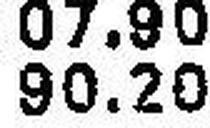
90.20